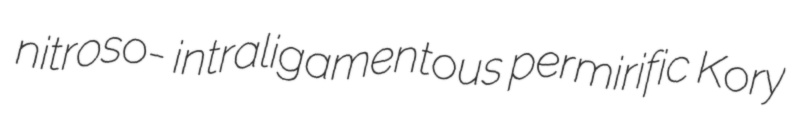
nitroso- intraligamentous permirific Kory